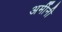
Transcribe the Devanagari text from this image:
अर्मीनी